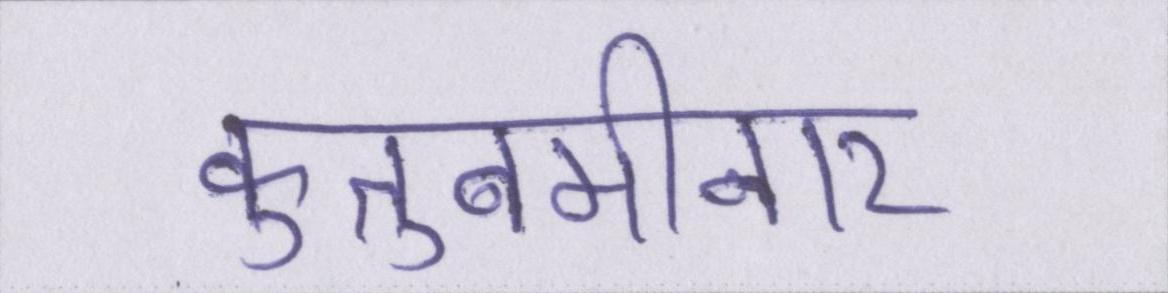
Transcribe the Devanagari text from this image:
कुतुबमीनार